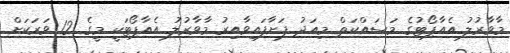
މާވާރުލު އެއާޕޯޓުގެ މަސައްކަތް މިއަދު ފަށާފައިވާއިރު މާވާރުލު އެއާޕޯޓަކީ މީގެ 12 ވަރަކަށް